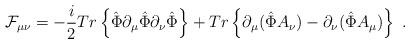
LaTeX: \begin{align*}{\cal F}_{\mu\nu} =-\frac{i}{2} Tr\left\{\hat{\Phi} \partial_\mu \hat{\Phi} \partial_\nu \hat{\Phi} \right\}+ Tr\left\{ \partial_\mu(\hat{\Phi}A_\nu)-\partial_\nu(\hat{\Phi}A_\mu)\right\} \ .\end{align*}